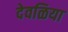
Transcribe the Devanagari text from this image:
देवळिया